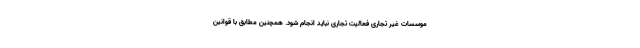
موسسات غیر تجاری فعالیت تجاری نباید انجام شود. همچنین مطابق با قوانین